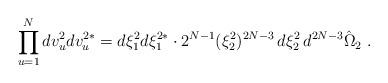
LaTeX: \begin{align*}\prod_{u=1}^N dv_u^2dv_u^{2*}=d\xi_1^2d\xi_1^{2*}\cdot2^{N-1}(\xi_2^2)^{2N-3}\,d\xi_2^2\,d^{2N-3}\hat\Omega_2\ .\end{align*}